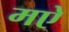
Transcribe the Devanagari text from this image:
मऐ